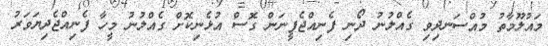
މައުލޫމާތު މުއްސަނދިވި ގެއްލުނު ދޯނި ފެނިއްޖެފީނަން ގޮސް އުޅެނިކޮށް ގެއްލުނު މީހާ ފެނިއްޖެދިޔަވަރު